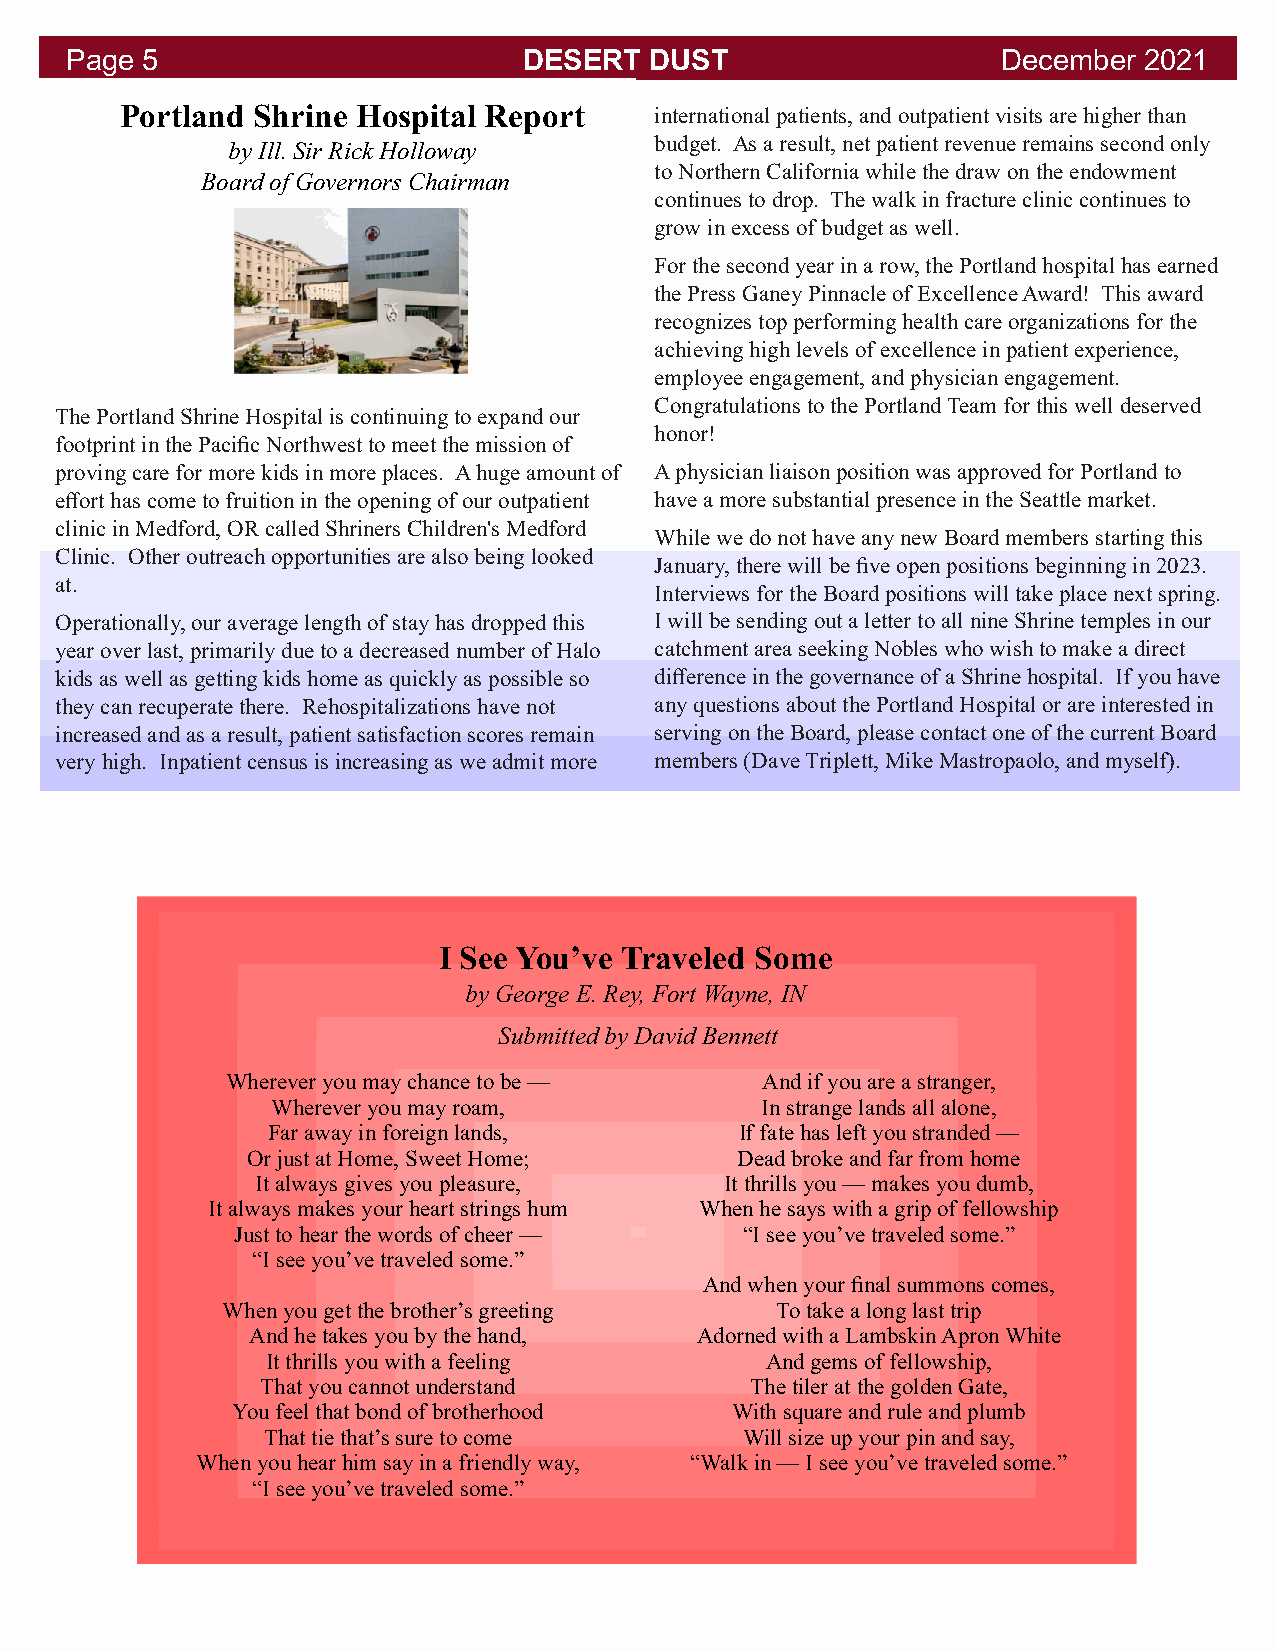
Page 5                         DESERT  DUST                   December  2021
 Portland Shrine Hospital Report    international patients, and outpatient visits are higher than
 budget. As a result, net patient revenue remains second only
 by Ill. Sir Rick Holloway
 to Northern California while the draw on the endowment
 Board of Governors Chairman
 continues to drop. The walk in fracture clinic continues to
 grow in excess of budget as well.
 For the second year in a row, the Portland hospital has earned
 the Press Ganey Pinnacle of Excellence Award! This award
 recognizes top performing health care organizations for the
 achieving high levels of excellence in patient experience,
 employee engagement, and physician engagement.
 Congratulations to the Portland Team for this well deserved
 The Portland Shrine Hospital is continuing to expand our
 honor!
 footprint in the Pacific Northwest to meet the mission of
 proving care for more kids in more places. A huge amount of A physician liaison position was approved for Portland to
 effort has come to fruition in the opening of our outpatient have a more substantial presence in the Seattle market.
 clinic in Medford, OR called Shriners Children's Medford
 While we do not have any new Board members starting this
 Clinic. Other outreach opportunities are also being looked
 January, there will be five open positions beginning in 2023.
 at.
 Interviews for the Board positions will take place next spring.
 Operationally, our average length of stay has dropped this I will be sending out a letter to all nine Shrine temples in our
 year over last, primarily due to a decreased number of Halo catchment area seeking Nobles who wish to make a direct
 kids as well as getting kids home as quickly as possible so difference in the governance of a Shrine hospital. If you have
 they can recuperate there. Rehospitalizations have not any questions about the Portland Hospital or are interested in
 increased and as a result, patient satisfaction scores remain serving on the Board, please contact one of the current Board
 very high. Inpatient census is increasing as we admit more members (Dave Triplett, Mike Mastropaolo, and myself).
 I See You’ve Traveled Some
 by George E. Rey, Fort Wayne, IN
 Submitted by David Bennett
 Wherever you may chance to be —    And if you are a stranger,
 Wherever you may roam,          In strange lands all alone,
 Far away in foreign lands,     If fate has left you stranded —
 Or just at Home, Sweet Home;     Dead broke and far from home
 It always gives you pleasure,  It thrills you — makes you dumb,
 It always makes your heart strings hum When he says with a grip of fellowship
 Just to hear the words of cheer — “I see you’ve traveled some.”
 “I see you’ve traveled some.”
 And when your final summons comes,
 When you get the brother’s greeting To take a long last trip
 And he takes you by the hand, Adorned with a Lambskin Apron White
 It thrills you with a feeling    And gems of fellowship,
 That you cannot understand       The tiler at the golden Gate,
 You feel that bond of brotherhood With square and rule and plumb
 That tie that’s sure to come    Will size up your pin and say,
 When you hear him say in a friendly way, “Walk in — I see you’ve traveled some.”
 “I see you’ve traveled some.”